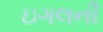
ઇગલની